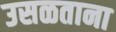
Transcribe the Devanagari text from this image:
उसळताना